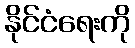
နိုင်ငံရေးကို